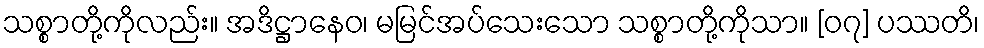
သစ္စာတို့ကိုလည်း။ အဒိဋ္ဌာနေဝ၊ မမြင်အပ်သေးသော သစ္စာတို့ကိုသာ။ [၀၇] ပဿတိ၊